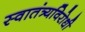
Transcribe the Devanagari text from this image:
स्वातंत्र्यविरोधी